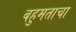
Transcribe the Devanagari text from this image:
बहुमताचा